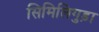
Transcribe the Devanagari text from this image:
सिमिलिगुड़ा